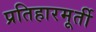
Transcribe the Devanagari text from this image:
प्रतिहारमूर्ती